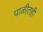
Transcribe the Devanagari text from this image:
पाळीतही